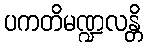
ပကတိမဏ္ဍလန္တိ